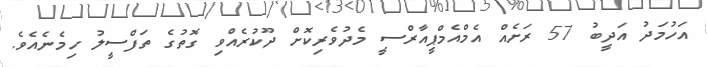
އަހުމަދު އަދީބު 57 ރަށެއް އެމްއެމްޕީއާރްސީ މެދުވެރިކޮށް ދޫކުރެއްވި ގޮތުގެ ތަފްސީލު ހިމެނެއެވެ.